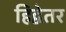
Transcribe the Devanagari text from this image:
हिद्वेतर